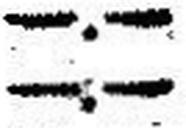
—.—